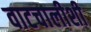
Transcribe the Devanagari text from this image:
वाटचालीशी